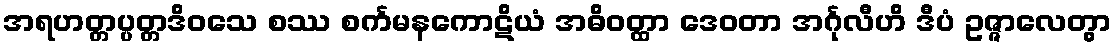
အရဟတ္တပ္ပတ္တဒိဝသေ စဿ စင်္ကမနကောဋိယံ အဓိဝတ္ထာ ဒေဝတာ အင်္ဂုလီဟိ ဒီပံ ဥဇ္ဇာလေတွာ